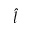
\hat { l }